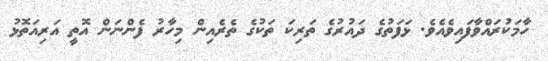
ހާމަކުރައްވާފައިވެއެވެ. ޅަފަތުގެ ދައުރުގެ ތަރިކަ ތަކުގެ ތެރެއިން މިހާރު ފެންނަން އޮތީ އަރިއަތޮޅު